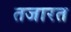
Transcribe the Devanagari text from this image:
तजारत